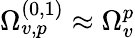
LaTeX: \Omega_{v,p}^{(0,1)}\approx\Omega_{v}^{p}